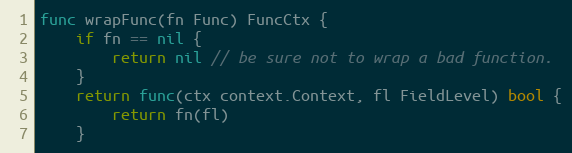
Language: Go
func wrapFunc(fn Func) FuncCtx {
	if fn == nil {
		return nil // be sure not to wrap a bad function.
	}
	return func(ctx context.Context, fl FieldLevel) bool {
		return fn(fl)
	}